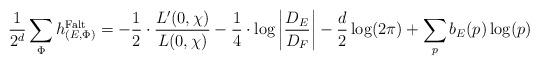
LaTeX: \begin{align*} \frac{1}{2^d} \sum_\Phi h^\mathrm{Falt}_{(E,\Phi)}= - \frac{1}{2} \cdot \frac{ L'(0,\chi) } { L ( 0 , \chi ) } - \frac{1}{4} \cdot \log\left| \frac{D_E}{D_F} \right| - \frac{d}{2} \log(2\pi ) + \sum_p b_E(p) \log(p) \end{align*}